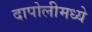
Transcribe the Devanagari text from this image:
दापोलीमध्ये